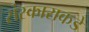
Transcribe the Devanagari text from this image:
संस्काराकडे